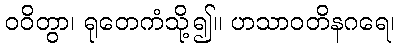
ဝဝိတွာ၊ ရုတေကံသို့၍။ ဟသာဝတိနဂရေ၊